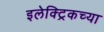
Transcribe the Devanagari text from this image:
इलेक्ट्रिकच्या